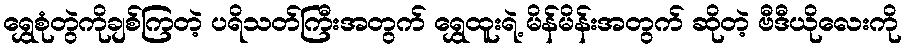
ရွှေစုံတွဲကိုချစ်ကြတဲ့ ပရိသတ်ကြီးအတွက် ရွှေထူးရဲ့ မိန်မိန်းအတွက် ဆိုတဲ့ ဗီဒီယိုလေးကို